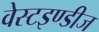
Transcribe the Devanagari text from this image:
वेस्टइण्डीज